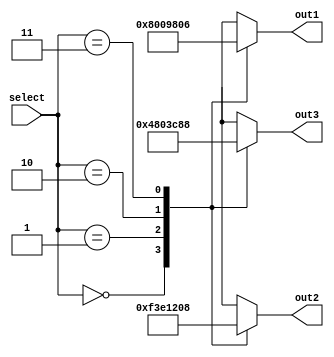
module number_display (select,out1, out2, out3);
input [1:0]select;
output [6:0]out1;
output [6:0]out2;
output [6:0]out3;
reg [6:0]out1;
reg [6:0]out2;
reg [6:0]out3;
always @ (select)
begin 
	case (select)
	2'b00:begin
		out1 = 7'b1000000;
		out2 = 7'b1111001;
		out3 = 7'b0100100;
	end
	2'b01:begin
		out1 = 7'b0000010;
		out2 = 7'b1111000;
		out3 = 7'b0000000;
	end
	2'b10:begin
		out1 = 7'b0110000;
		out2 = 7'b0100100;
		out3 = 7'b1111001;
	end
	2'b11:begin
		out1 = 7'b0000110;
		out2 = 7'b0001000;
		out3 = 7'b0001000;
	end
	endcase
end
endmodule